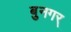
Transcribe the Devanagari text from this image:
बुनगर्